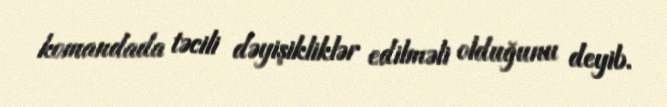
komandada təcili dəyişikliklər edilməli olduğunu deyib.